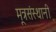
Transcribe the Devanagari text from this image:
मूत्रसंस्थानी